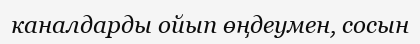
каналдарды ойып өңдеумен, сосын